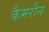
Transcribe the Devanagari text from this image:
कैमरौन